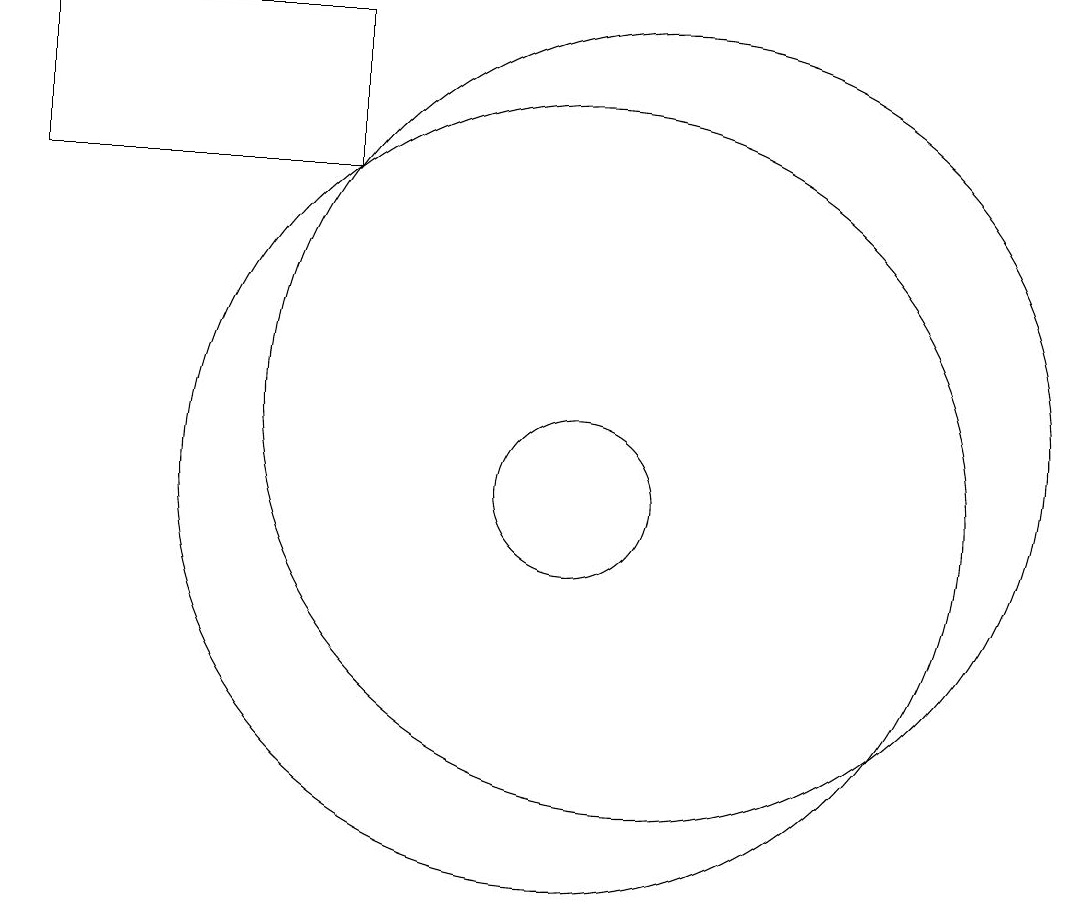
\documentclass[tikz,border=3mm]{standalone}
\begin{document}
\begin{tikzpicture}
\draw (10,10) circle (1);
\draw (3,14) rectangle (7,16);
\draw (11,11) circle (5);
\draw (10,10) circle (5);
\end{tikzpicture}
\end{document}